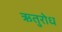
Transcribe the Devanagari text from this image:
ऋतुरोध